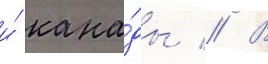
и́ кана́ды // В